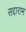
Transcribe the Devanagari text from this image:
सद्दाराम